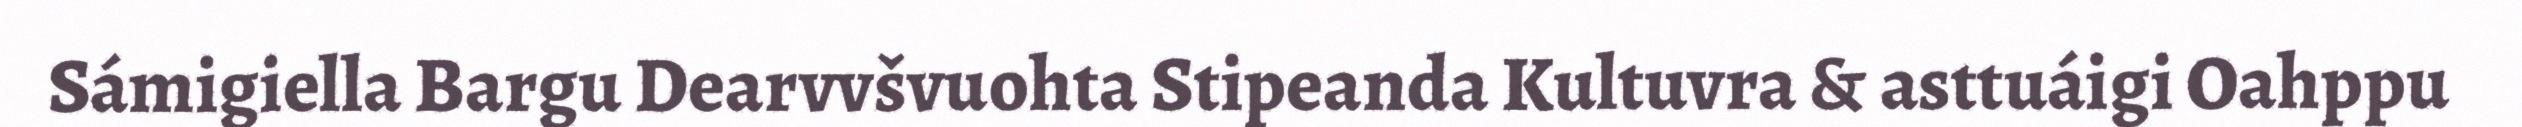
Sámigiella Bargu Dearvvšvuohta Stipeanda Kultuvra & asttuáigi Oahppu